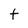
Character: t